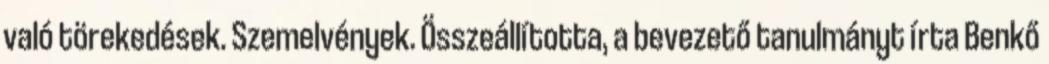
való törekedések. Szemelvények. Összeállította, a bevezető tanulmányt írta Benkő